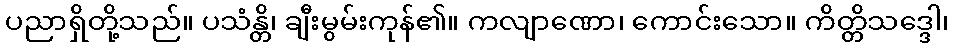
ပညာရှိတို့သည်။ ပသံန္တိ၊ ချီးမွမ်းကုန်၏။ ကလျာဏော၊ ကောင်းသော။ ကိတ္တိသဒ္ဒေါ၊